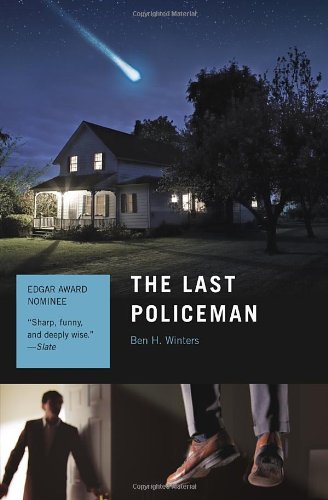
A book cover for The Last Policeman: A Novel (The Last Policeman Trilogy); Ben Winters; Science Fiction & Fantasy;